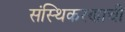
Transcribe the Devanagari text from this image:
संस्थिकरणाची